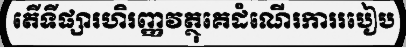
តើទីផ្សារហិរញ្ញវត្ថុគេដំណើរការរបៀប